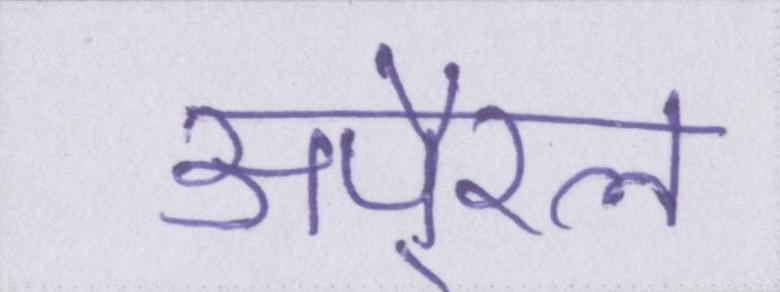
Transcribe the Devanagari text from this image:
अपै्रल